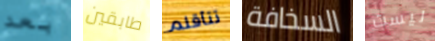
بعد طابقين تتأقلم السخافة ليست